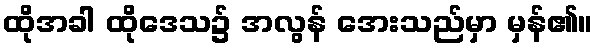
ထိုအခါ ထိုဒေသ၌ အလွန် အေးသည်မှာ မှန်၏။